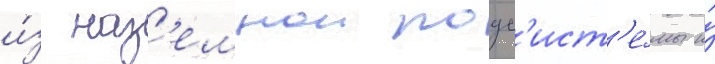
и́з наз'емнои подс'ист'е́мы и́